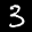
Label: 3